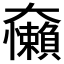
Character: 𱙀